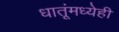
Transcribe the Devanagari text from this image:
धातूंमध्येही